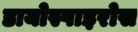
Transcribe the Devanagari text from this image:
डायोस्पाइरोस